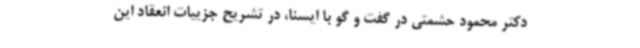
دکتر محمود حشمتی در گفت و گو با ایسنا، در تشریح جزییات انعقاد این